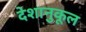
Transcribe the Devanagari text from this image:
देशानुकूल